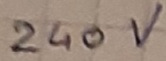
Text: 240V